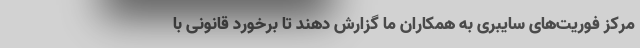
مرکز فوریت‌های سایبری به همکاران ما گزارش دهند تا برخورد قانونی با